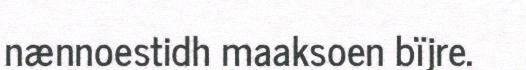
nænnoestidh maaksoen bïjre.